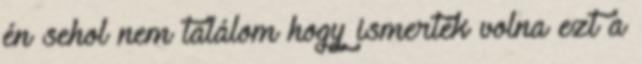
én sehol nem találom hogy ismerték volna ezt a